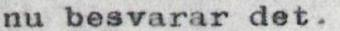
nu besvarar det.